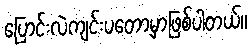
ပြောင်းလဲကျင်းပတော့မှာဖြစ်ပါတယ်။